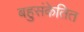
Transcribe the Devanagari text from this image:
बहुसंकेतित